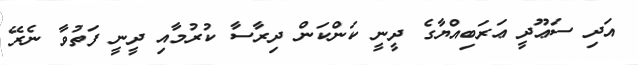
އަދި ސަޢޫދީ ޢަރަބިއްޔާގެ ދީނީ ކަންކަން ދިރާސާ ކުރުމާއި ދީނީ ފަތުވާ ނެރޭ